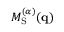
M _ { \mathrm { S } } ^ { ( \alpha ) } ( \mathbf { q } )